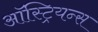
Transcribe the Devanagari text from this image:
ऑस्ट्रियन्स